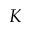
K